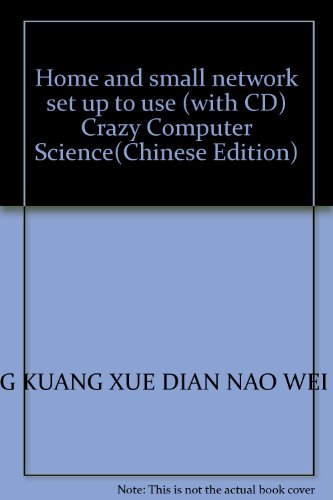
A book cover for Home and small network set up to use (with CD) Crazy Computer Science(Chinese Edition); FENG KUANG XUE DIAN NAO WEI HUI; Computers & Technology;